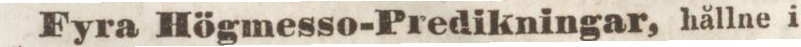
Fyra Högmesso-Predikningar, hållne i